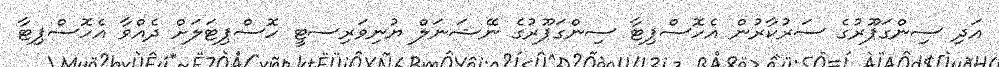
އަދި ސިންގަޕޫރުގެ ސަރުކާރުން އެހޮސްޕިޓާ ސިންގަޕޫރުގެ ނޭޝަނަލް ޔުނިވަރިސޓީ ހޮސްޕިޓަލަށް ދެއްވާ އެހޮސްޕިޓާ